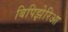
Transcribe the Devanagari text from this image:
बिपिझेरिआ